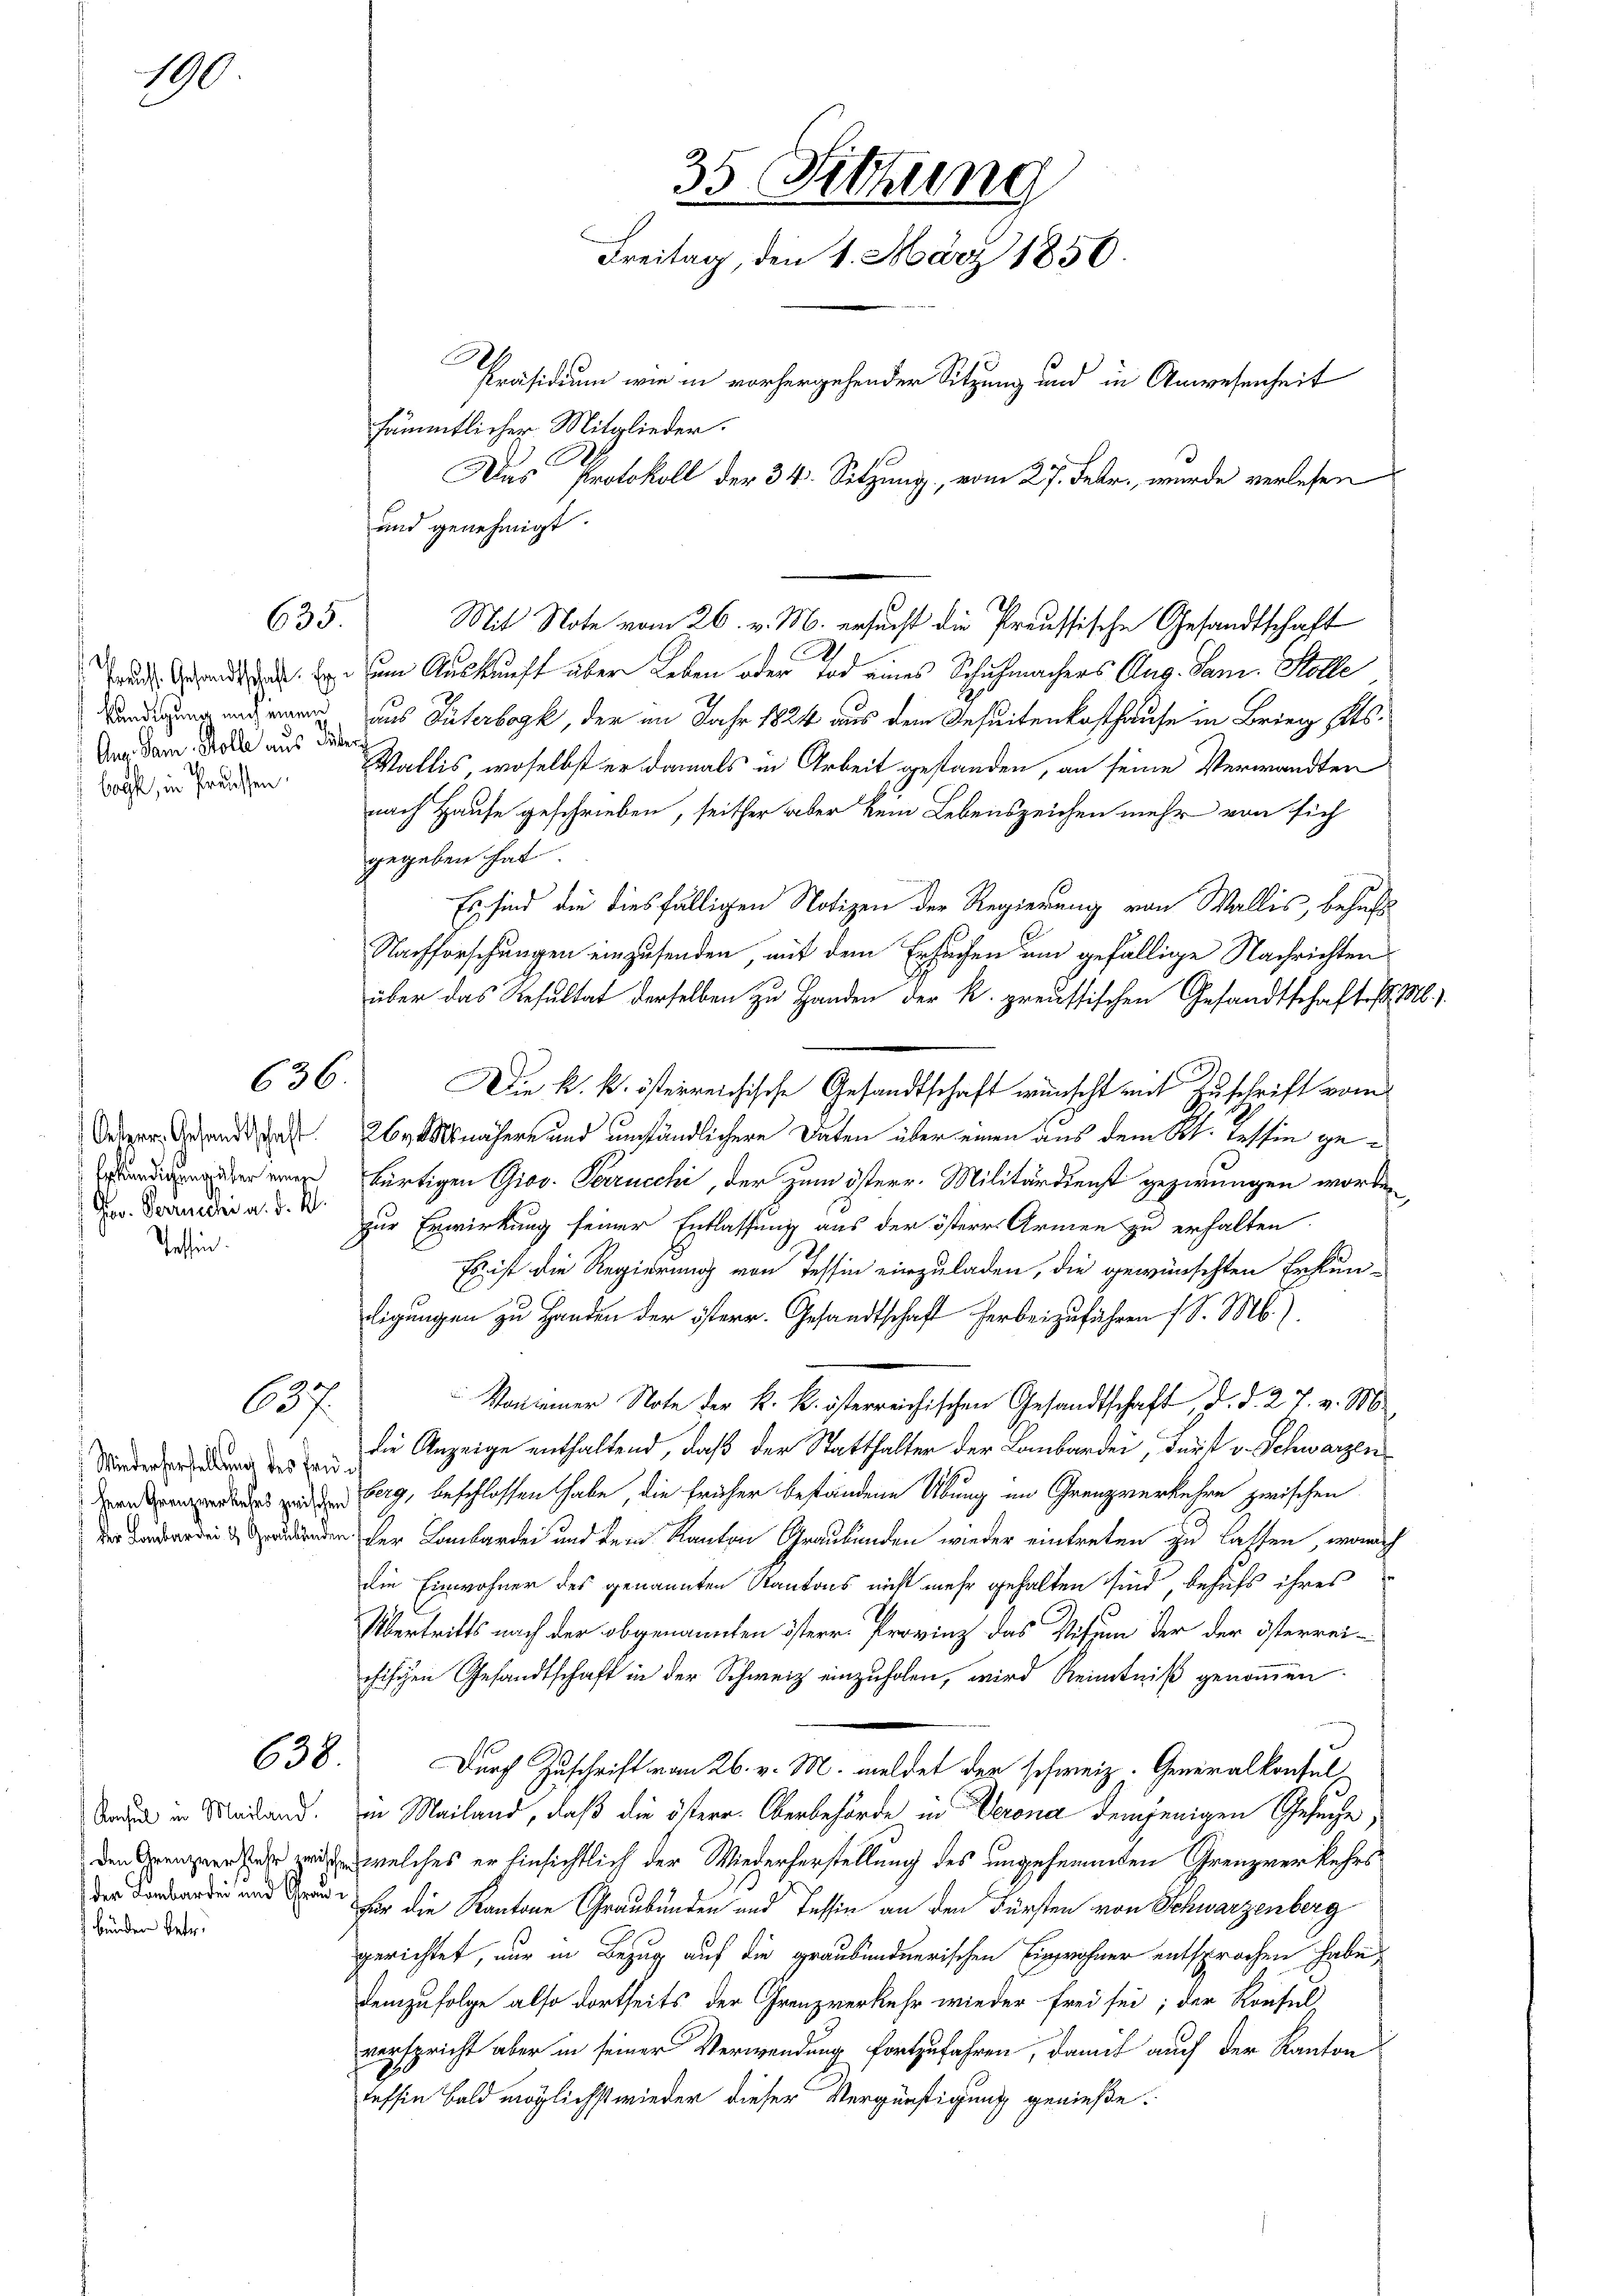
190

635.

Kandigung nach einen
Am San. Solle aus Ther

636.

Oesper, Gesandtschaft
Erkündigung über eine
Jov. Verzuschi a. d. M.
Tessin.

637.

Wiederherstellung des frü¬

Konsul in Mailand.
bunden betr.

F
und genehmigt.
Mit Note vom 26. v. M. ersucht die Preussische Gesandtschaft
rut. Er um Auskunft über Leben oder Tod eines Schuhmachers Aug. Jan. Solle
aus Güterbogk, der im Jahr 1824 aus dem Beseitenkosthause in Brieg Kts.
dos in Frauen. Wallis, woselbst er damals in Arbeit gestanden, an seine Verwandten
nach Hause geschrieben, seither aber kein Lebenszeichen mehr von sich
gegeben hat.
Es sind die diesfälligen Notizen der Regierung von Wallis, behufs
Nachforschungen einzusenden, mit dem Ersuchen um gefällige Nachrichten
über das Resultat derselben zu Handen der k. preussischen Gesandtschaftes ..
26 nähere und umständlichere Daten über einen aus dem Kt. Tessin gebürtigen Giov. Perrucchi, der zum österr. Militärdienst gezwungen worden
zur Erwirkung seiner Entlassung aus der österes Armen zu erhalten.
Es ist die Regierung von Tessin einzuladen, die gewünschten Erkun
ligungen zu Handen der österr. Gesandtschaft herbeizuführen (S. M.).
Von einer Note der k. k. österreichischen Gesandtschaft, d. d. 27. v. M
die Anzeige enthaltend, daß der Statthalter der Lombarden, durst v. Schwarzen
g, beschlossen habe, die früher befändene Übung im Grenzverkehren zwischen
denden der Lombarde und dem Kanton Graubünden wieder eintreten zu lassen, wonach
die Einwohner des genannten Kantons nicht mehr gehalten sind, behufs ihres
Übertritts nach der obgenannten österr. Provinz das Visum der der österreichischen Gesandtschaft in der Schweiz einzuholen, wird Kenntniß genommen
638. Durch Zuschrift von 26. v. M. meldet der schweiz. Generalkonsul
in Mailand, daß die österr. Oberbehörde in Verona demjenigen Gesuche,
nzen ein welches er hinsichtlich der Wiederherstellung des ungehemmten Grenzverkehrs¬
   die Kantone Graubünden und Tessin an den Fürsten von Schwarzenberg
gerichtet, nur in Bezug auf die graubündnerischen Einwohner entsprochen habe
demzufolge also dortheits der Grenzverkehr wieder frei sei; der Rönfel
verspricht aber in seiner Verwendung fortzufahren, damit auch der Kanton
tessin bald möglichst wieder dieser Vergünstigung genieße.

35 Sitzung
Freitag, den 1. März 1856.
Präsidium wie in vorhergehender Sitzung und in Anwesenheit
sämmtlicher Mitglieder.
Das Protokoll der 34. Sitzung, vom 27. Febr., wurde verlesen

Die k. k. österreichische Gesandtschaft wünscht mit Zuschrift vom